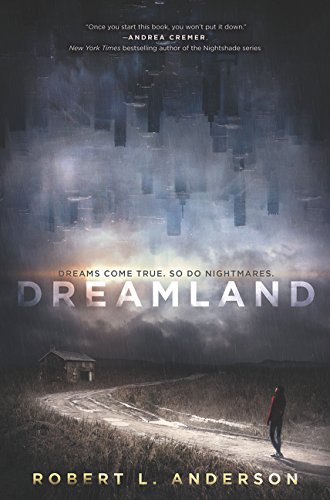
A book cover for Dreamland; Robert L. Anderson; Teen & Young Adult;